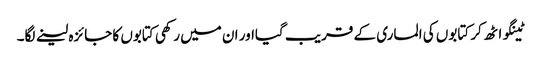
ٹینگو اٹھ کر کتابوں کی الماری کے قریب گیااور ان میں رکھی کتابوں کا جائزہ لینے لگا۔